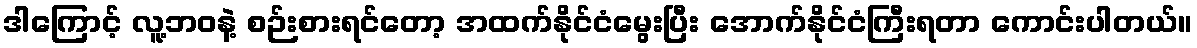
ဒါကြောင့် လူ့ဘဝနဲ့ စဉ်းစားရင်တော့ အထက်နိုင်ငံမွေးပြီး အောက်နိုင်ငံကြီးရတာ ကောင်းပါတယ်။